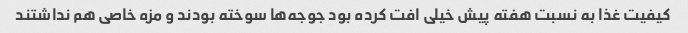
کیفیت غذا به نسبت هفته پیش خیلی افت کرده بود جوجه‌ها سوخته بودند و مزه خاصی هم نداشتند